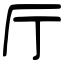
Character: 厅